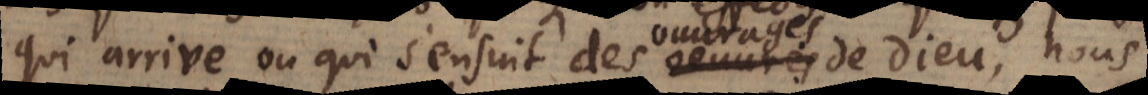
qui arrive ou qui s’ensuit des oeuvres